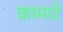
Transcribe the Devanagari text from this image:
कामाटे